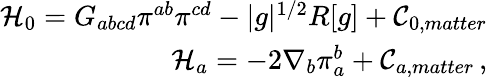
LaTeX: \begin{array}{r}{\mathcal{H}_{0}=G_{abcd}\pi^{ab}\pi^{cd}-\vert g\vert^{1/2}R[g]+\mathcal{C}_{0,matter}}\\ {\mathcal{H}_{a}=-2\nabla_{b}\pi_{a}^{b}+\mathcal{C}_{a,matter}\, ,}\end{array}